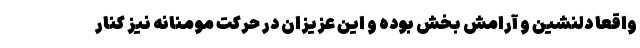
واقعاً دلنشین و آرامش بخش بوده و این عزیزان در حرکت مومنانه نیز کنار